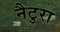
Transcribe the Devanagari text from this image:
नैटुरा